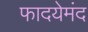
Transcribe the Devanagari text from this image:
फादयेमंद